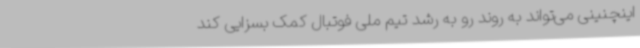
اینچنینی می‌تواند به روند رو به رشد تیم ملی فوتبال کمک بسزایی کند